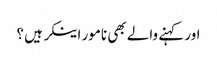
اور کہنے والے بھی نامور اینکر ہیں ؟